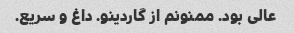
عالی بود. ممنونم از گاردینو. داغ و سریع.